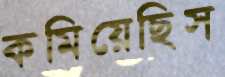
কমিয়েছিস